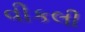
વીકલી